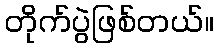
တိုက်ပွဲဖြစ်တယ်။